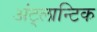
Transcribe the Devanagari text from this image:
अंट्लान्टिक